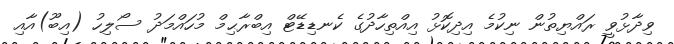
ވިދާޅުވީ ރައްޔިތުން ނިކުމެ އިދިކޮޅު އިއްތިހާދުގެ ކެނޑިޑޭޓް އިބްރާޙިމް މުހައްމަދު ސޯލިހު (އިބޫ)އާއި